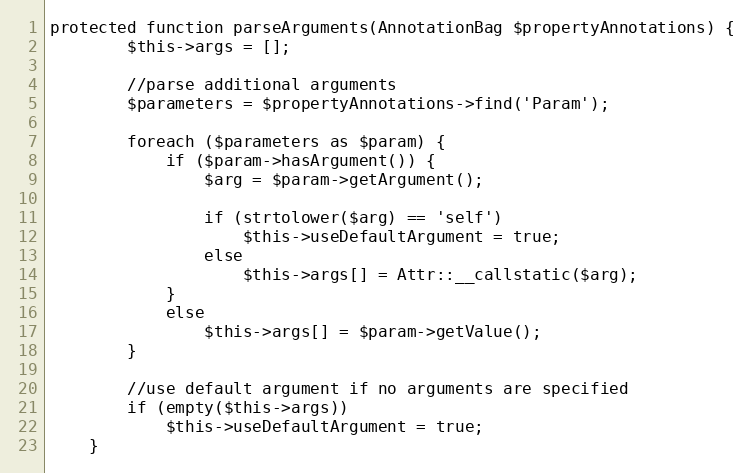
Language: PHP
protected function parseArguments(AnnotationBag $propertyAnnotations) {
		$this->args = [];

		//parse additional arguments
		$parameters = $propertyAnnotations->find('Param');

		foreach ($parameters as $param) {
			if ($param->hasArgument()) {
				$arg = $param->getArgument();

				if (strtolower($arg) == 'self')
					$this->useDefaultArgument = true;
				else
					$this->args[] = Attr::__callstatic($arg);
			}
			else
				$this->args[] = $param->getValue();
		}

		//use default argument if no arguments are specified
		if (empty($this->args))
			$this->useDefaultArgument = true;
	}